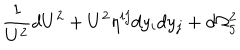
\frac { 1 } { U ^ { 2 } } d U ^ { 2 } + U ^ { 2 } \eta ^ { i j } d y _ { i } d y _ { j } + d \Omega _ { 5 } ^ { 2 }